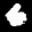
Label: 6